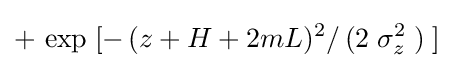
+\,\exp \;[-\,(z+H+2mL)^{2}/\,(2\;\sigma _{z}^{2}\;)\;]